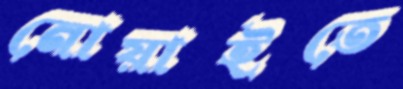
নোয়াইতে